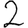
Digit: 2